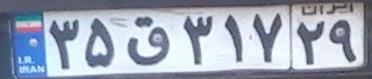
۳۵ق۳۱۷۲۹